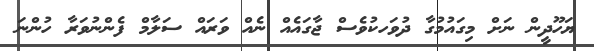
ޔަހޫދީން ނަށް މިގައުމުގާ ދުވަހކުވެސް ޖާގައެއް ނެއް ވަރައް ސަލާމް ފެންނުވަރާ ހުންނަ